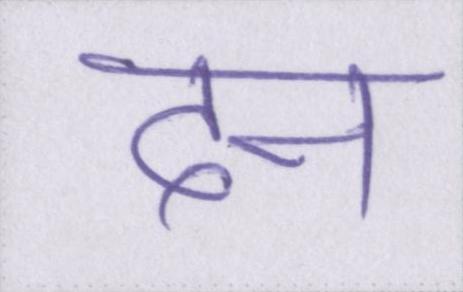
दन